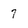
Character: 7